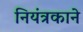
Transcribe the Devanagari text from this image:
नियंत्रकाने